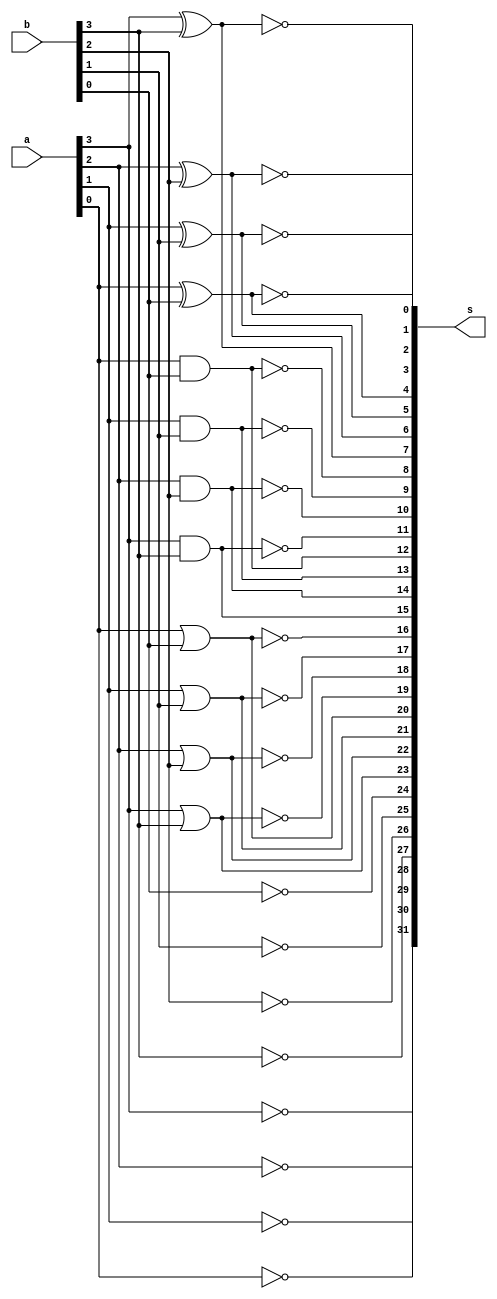
//---------------------------------------------------
//Exemplo0035 - Operaes not,or,nor,and,nand,xor e xnor simultaneas
//Nome: Mateus Guilherme do Carmo Cruz
//Matrcula: 427446
//--------------------------------------------------------

//operaes

module operation(s,a,b);
input [3:0]a;
input [3:0]b;
output [31:0]s;
wire[31:0]s;

// op not (31 a 24);----------
not not1(s[31],a[3]);
not not2(s[30],a[2]);
not not3(s[29],a[1]);
not not4(s[28],a[0]);

not not5(s[27],b[3]);
not not6(s[26],b[2]);
not not7(s[25],b[1]);
not not8(s[24],b[0]);
//Fim op not------------------

//op or(23 a 20);-------------
or or1(s[23],a[3],b[3]);
or or2(s[22],a[2],b[2]);
or or3(s[21],a[1],b[1]);
or or4(s[20],a[0],b[0]);
//Fim op or-------------------

//op nor(19 a 16);-----------
nor nor1(s[19],a[3],b[3]);
nor nor2(s[18],a[2],b[2]);
nor nor3(s[17],a[1],b[1]);
nor nor4(s[16],a[0],b[0]);
//Fim op nor-----------------

//op and(15 a 12);-----------
and and1(s[15],a[3],b[3]);
and and2(s[14],a[2],b[2]);
and and3(s[13],a[1],b[1]);
and and4(s[12],a[0],b[0]);
//Fim op and-----------------
	
//op nand(11 a 8);------------
nand nand1(s[11],a[3],b[3]);
nand nand2(s[10],a[2],b[2]);
nand nand3(s[9],a[1],b[1]);
nand nand4(s[8],a[0],b[0]);
//Fim op nand-----------------

//op xor(7 a 4);--------------
xor xor1(s[7],a[3],b[3]);
xor xor2(s[6],a[2],b[2]);
xor xor3(s[5],a[1],b[1]);
xor xor4(s[4],a[0],b[0]);
//Fim op xor------------------

//op xnor(3 a 0);-------------
xnor xnor1(s[3],a[3],b[3]);
xnor xnor2(s[2],a[2],b[2]);
xnor xnor3(s[1],a[1],b[1]);
xnor xnor4(s[0],a[0],b[0]);
//Fim op xnor

endmodule //operation

module principal;
//definir dados
reg[3:0]a;
reg[3:0]b;
wire[31:0]s;

initial begin:start
	a = 4'b0000;
	b = 4'b0000;
end

operation op1(s,a,b);//instanciar

//parte principal
initial begin:main
		$display("Exemplo0035 - Mateus Guilherme do Carmo Cruz - 427446");
		$display("LU's test - operaes not, or, nor, and, nand, xor, xnor simultneas");
		$display("a: %4b \t b: %4b", a,b);
		$display("                  (~a) (~b) (a | b) (a ~| b) (a & b) (a ~& b) (a ^ b) (a ~^ b)");
		$monitor("%d %4b %4b  %4b %4b %4b %4b %4b %4b", $time,
					s[31:28],s[27:24],s[23:20],s[19:16],s[15:12],s[11:8],s[7:4],s[3:0]);
					#1 a = 4'b0101; b = 4'b1110;

end
endmodule//principal